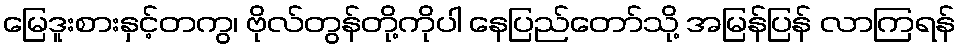
မြေဒူးစားနှင့်တကွ၊ ဗိုလ်တွန်တို့ကိုပါ နေပြည်တော်သို့ အမြန်ပြန် လာကြရန်